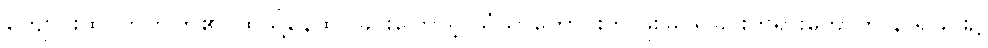
ကျောင်းထိုင်တတ်ကြ၏၊ ထိုသို့နေထိုင်ခြင်းကြောင့် သံဃာကောင်းကို ဖူးမြင်ရခြင်းတရားတော်ကို နာရခြင်း၌